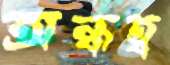
অন্ধত্ব